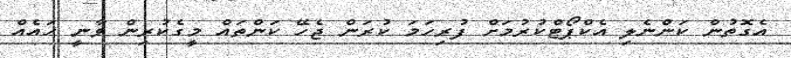
އެގޮތުން ކަންނެލި އެކްޕޯޓްކުރުމަށް ފުރިހަމަ ކުރަން ޖެހޭ ކަންތައް މީގެކުރިން ވާނީ ހައެއް